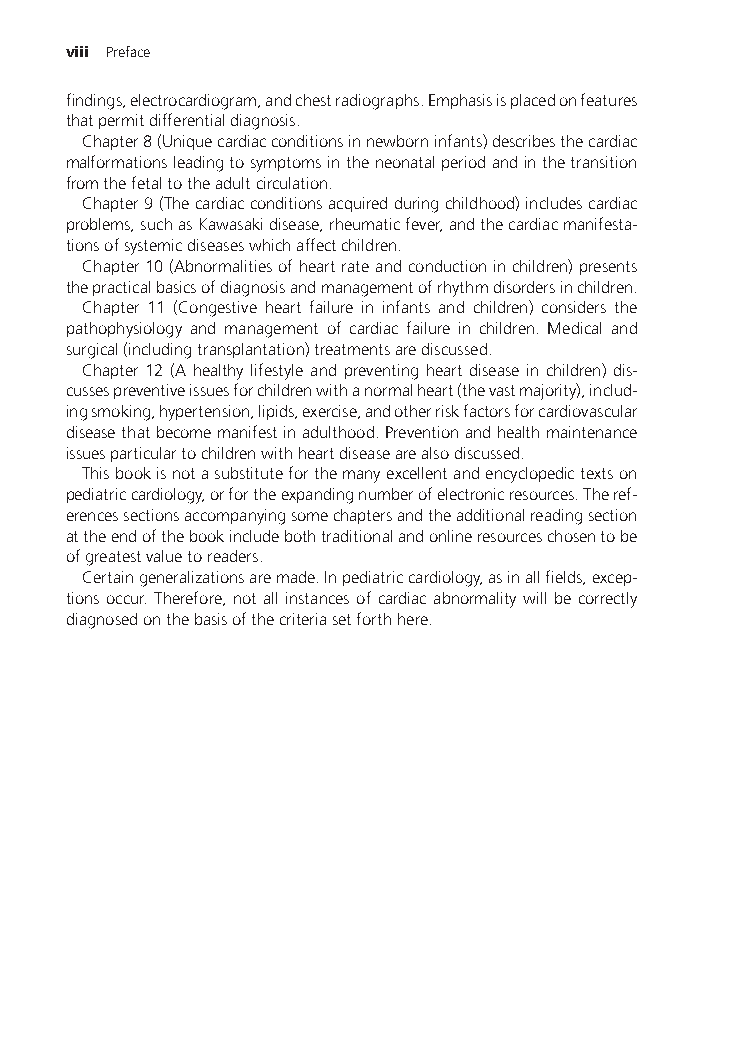
viii Preface
 findings,electrocardiogram,andchestradiographs.Emphasisisplacedonfeatures
 thatpermitdifferentialdiagnosis.
 Chapter8(Uniquecardiacconditionsinnewborninfants)describesthecardiac
 malformationsleadingtosymptomsintheneonatalperiodandinthetransition
 fromthefetaltotheadultcirculation.
 Chapter9(Thecardiacconditionsacquiredduringchildhood)includescardiac
 problems,suchasKawasakidisease,rheumaticfever,andthecardiacmanifesta-
 tionsofsystemicdiseaseswhichaffectchildren.
 Chapter10(Abnormalitiesofheartrateandconductioninchildren)presents
 thepracticalbasicsofdiagnosisandmanagementofrhythmdisordersinchildren.
 Chapter 11 (Congestive heart failure in infants and children) considers the
 pathophysiology and management of cardiac failure in children. Medical and
 surgical(includingtransplantation)treatmentsarediscussed.
 Chapter 12 (A healthy lifestyle and preventing heart disease in children) dis-
 cussespreventiveissuesforchildrenwithanormalheart(thevastmajority),includ-
 ingsmoking,hypertension,lipids,exercise,andotherriskfactorsforcardiovascular
 diseasethatbecomemanifestinadulthood.Preventionandhealthmaintenance
 issuesparticulartochildrenwithheartdiseasearealsodiscussed.
 Thisbookisnotasubstituteforthemanyexcellentandencyclopedictextson
 pediatriccardiology,orfortheexpandingnumberofelectronicresources.Theref-
 erencessectionsaccompanyingsomechaptersandtheadditionalreadingsection
 attheendofthebookincludebothtraditionalandonlineresourceschosentobe
 ofgreatestvaluetoreaders.
 Certaingeneralizationsaremade.Inpediatriccardiology,asinallfields,excep-
 tions occur. Therefore, not all instances of cardiac abnormality will be correctly
 diagnosedonthebasisofthecriteriasetforthhere.